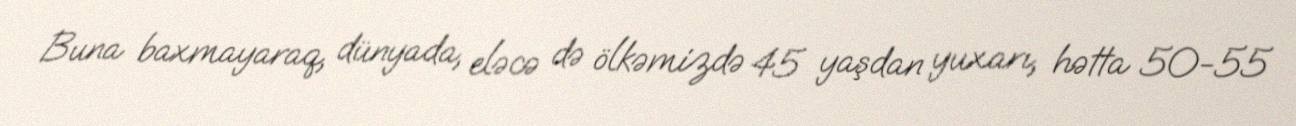
Buna baxmayaraq, dünyada, eləcə də ölkəmizdə 45 yaşdan yuxarı, hətta 50-55